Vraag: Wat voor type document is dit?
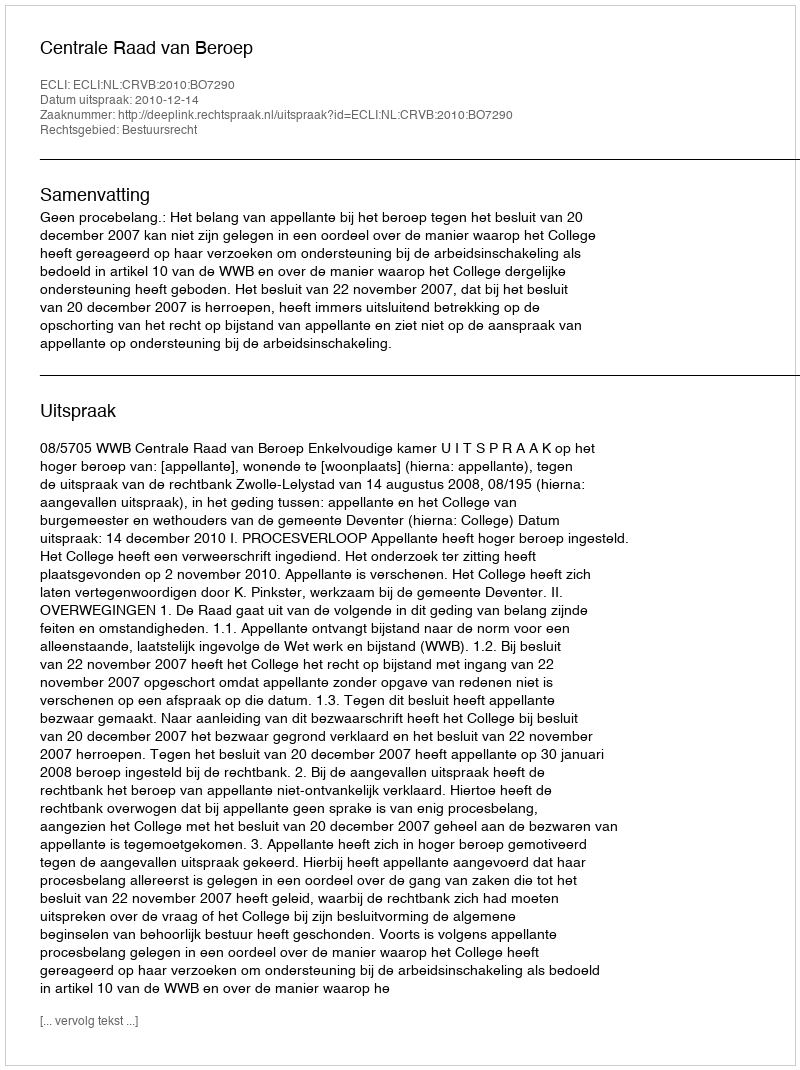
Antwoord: Uitspraak